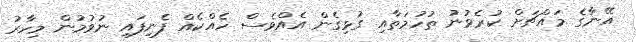
އޭނާގެ މައްޗަށް ކުރެވުނު ތުހުމަތާއި ގުޅިގެން އެއްވެސް ހެއްކެއް ފެނިފައި ނުވުމުން މިހާރު